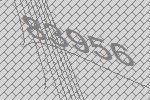
83956